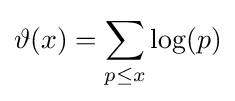
\vartheta (x)=\sum \limits _{p\leq x}{\log(p)}